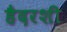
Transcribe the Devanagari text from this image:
हैदरशी